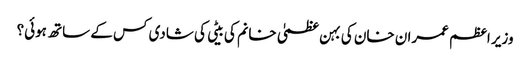
وزیر اعظم عمران خان کی بہن عظمیٰ خانم کی بیٹی کی شادی کس کے ساتھ ہوئی؟